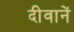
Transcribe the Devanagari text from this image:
दीवानें